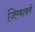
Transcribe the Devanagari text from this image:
जिम्बाबवे